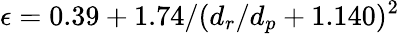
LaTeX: \epsilon=0.39+1.74/(d_{r}/d_{p}+1.140)^{2}